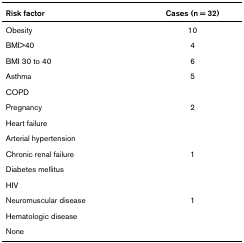
<table><thead><tr><td><b>Risk factor</b></td><td><b>Cases (n = 32)</b></td></tr></thead><tbody><tr><td>Obesity</td><td>10</td></tr><tr><td>BMI&gt;40</td><td>4</td></tr><tr><td>BMI 30 to 40</td><td>6</td></tr><tr><td>Asthma</td><td>5</td></tr><tr><td>COPD</td><td>[EMPTY_CELL]</td></tr><tr><td>Pregnancy</td><td>2</td></tr><tr><td>Heart failure</td><td>[EMPTY_CELL]</td></tr><tr><td>Arterial hypertension</td><td>[EMPTY_CELL]</td></tr><tr><td>Chronic renal failure</td><td>1</td></tr><tr><td>Diabetes mellitus</td><td>[EMPTY_CELL]</td></tr><tr><td>HIV</td><td>[EMPTY_CELL]</td></tr><tr><td>Neuromuscular disease</td><td>1</td></tr><tr><td>Hematologic disease</td><td>[EMPTY_CELL]</td></tr><tr><td>None</td><td>[EMPTY_CELL]</td></tr></tbody></table>